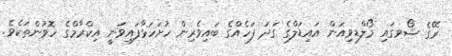
ރޭގެ ޝޯވގައި މޯލްޑިވިއަން އައިޑަލްގެ ގަދަ ފަހެއްގެ ބައިވެރިން ހުށަހަޅާފައިވަނީ އިކްރާމްގެ ހޮވުންތަކެވެ.